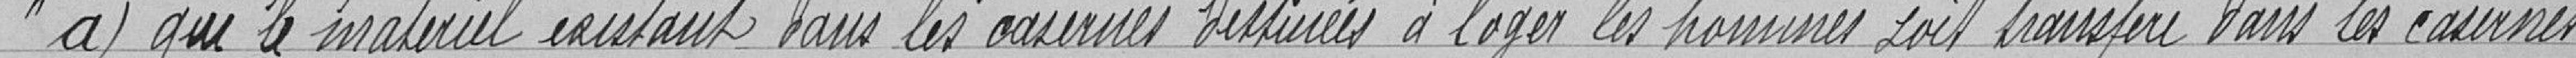
a) que le matériel existant dans les casernes destinées à loger les hommes soit transféré dans les casernes